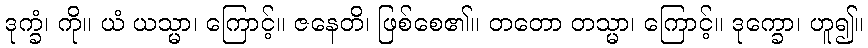
ဒုက္ခံ၊ ကို။ ယံ ယသ္မာ၊ ကြောင့်။ ဇနေတိ၊ ဖြစ်စေ၏။ တတော တသ္မာ၊ ကြောင့်။ ဒုက္ခော၊ ဟူ၍။